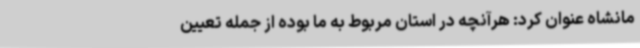
مانشاه عنوان کرد: هرآنچه در استان مربوط به ما بوده از جمله تعیین